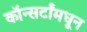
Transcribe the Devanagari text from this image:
कॉन्सर्टांंमधून